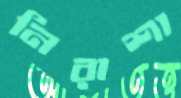
নিরাশা